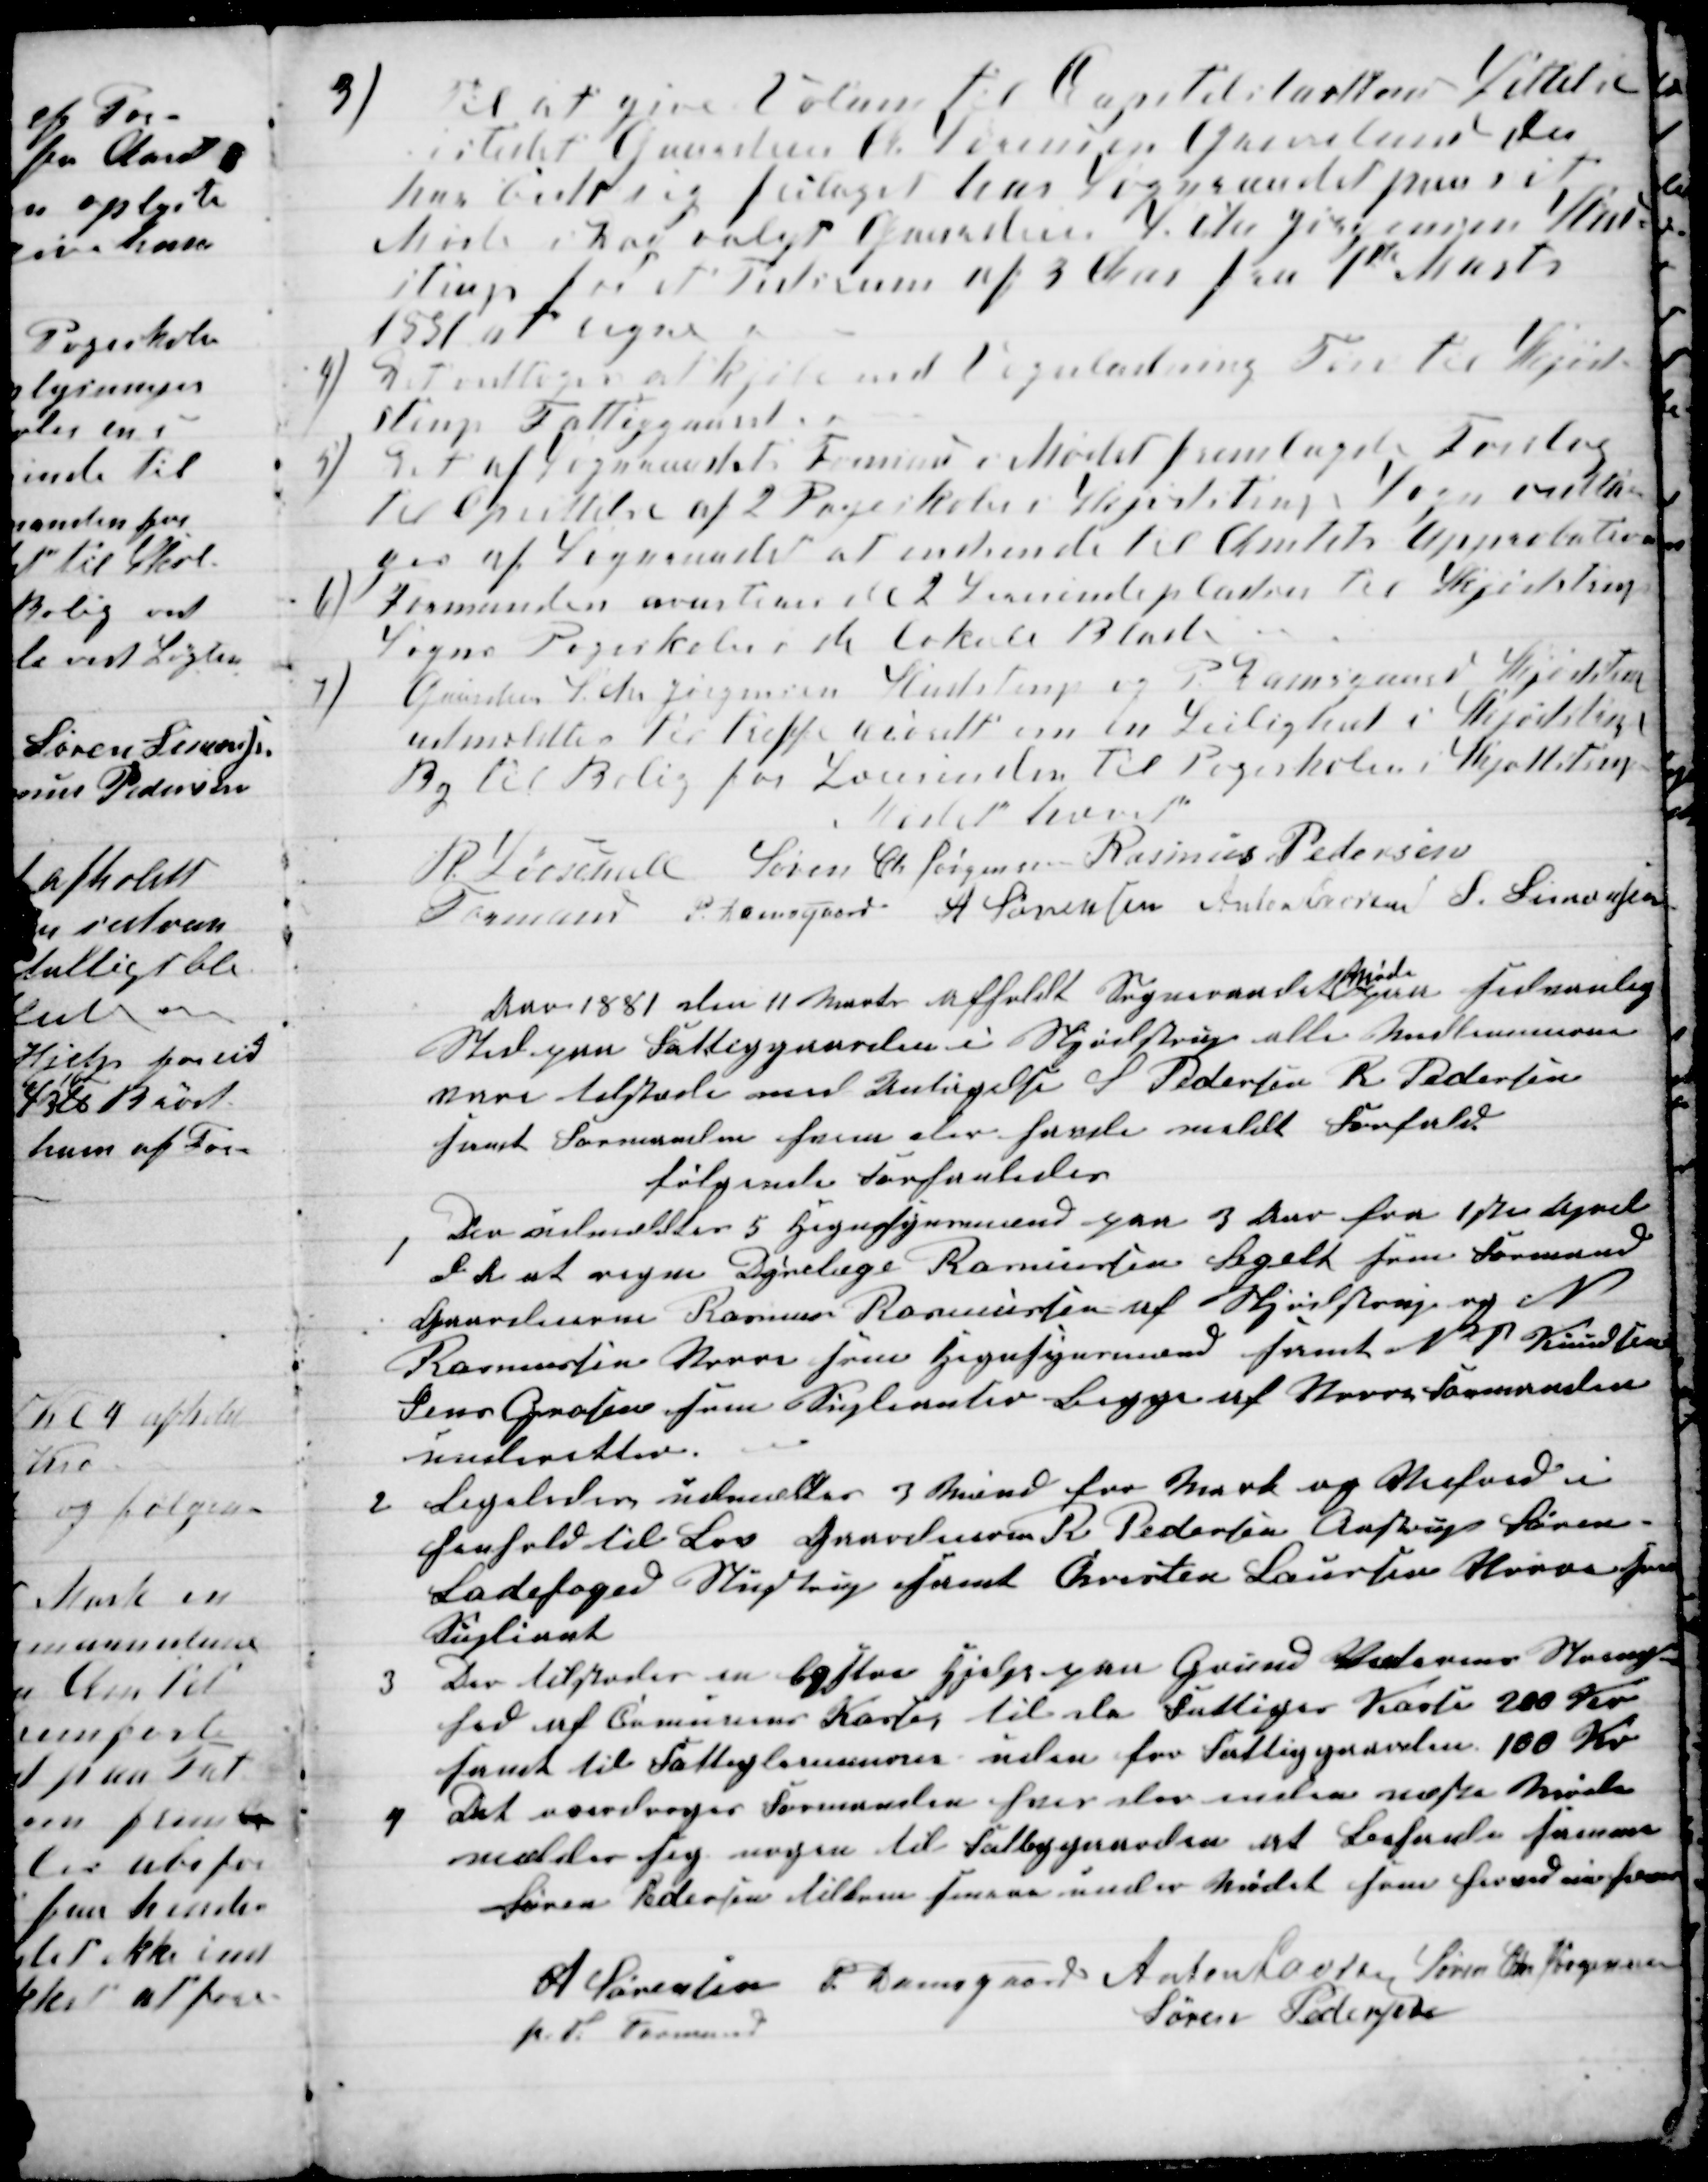
Transskription:
3)
Til at give Volum til Capitelstakstens Settelse
istedet Gaardeier A. Sørensen Grevelund der
har bedt sig fritaget har Sogneraadet paa sit
Møde i Dag valgt Gaardeier S. Chr Jørgensen Stud-
strup for et Tidsrum af 3 Aar fra 1ste Marts
1881 at regne
4)
Det vedtoges at kjøbe end Vognladning Tørv til Skjød-
strup Fattiggaard.
5)
Det af Sognraadets Formand i Mødet fremlagte Forslag
til Oprettelse af 2 Pogeskoler i Skjødstrup Sogn vedto-
ges af Sogneraadet at indsende til Amtets Approbation
6)
Formanden averterer de 2 Lærerindepladser til Skjødstrup
Sogns Pogeskoler i de lokale Blade
7)
Gaardeier S. Chr Jørgensen Studstrup og P. Damsgaard Skjødstrup
udmeldtes til treffe  om en Leilighed i Skjødstrup
By til Bolig for Lærerinden til Pogeskolen i Skjødstrup
Mødet hævet
R. Løvschall 
Formand 
Søren Chr Jørgensen Rasmus Pedersen
P. Damsgaard A Sørensen Anton Laursen S. Simonsen
Aar 1881 den 11 Marts afholdt Sogneraadet 
Møde
paa sedvanlig
Sted paa Fattiggaarden i Skjødstrup alle Medlemmerne
vare tilstæde med Untagelse S Pedersen R Pedersen
samt Formanden hvem der havde meldt Forfald.
følgende Forhandledes
1
Der udmeldtes 5 Hegnsynsmænd paa 3 Aar fra 1ste April
d. A. at regne Dyrelæge Rasmussen Segalt som Formand
Gaardeierne Rasmus Rasmussen af Skjødstrup og N
Rasmussen Vorre som Hegnsynsmænd samt N P Knudsen
Jens Grosen som Supleanter begge af Vorre Formanden
inberetter.
2
Ligeledes udmeldtes 3 Mænd for Mark og Veifred i
henhold til Lov Gaardeierne R Pedersen Aastrup Søren
Ladefoged Studstrup samt Chresten Laursen Vorre som
Supliant
3
Der tilstodes en exstra Hjælp paa Grund af  
hed af Comunens Kasse til de Fattiges Kasse 200 Kr.
samt til Fattiglemmerne uden for Fattiggaarden 100 Kr
4
Det overdroges Formanden hvis der inden næste Møde
melder sig nogen til Fattiggaarden at behanle husmand
Søren Pedersen tilkom sennaa under Mødet som herved    
A Sørensen 
p. T. Formand
P. Damsgaard Anton Laursen Søren Chr Jørgensen
Søren Pedersen